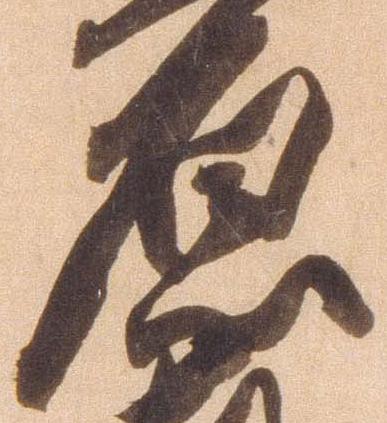
原